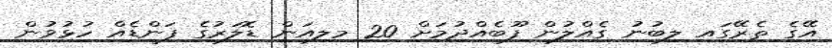
އޭގެ ތެރޭގައި ލިބުނު ގެއްލުން ފޫބެއްދުމަށް 20 މިލިއަން ޑޮލަރުގެ ފަންޑެއް ހުޅުވުން